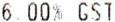
6.00% GST